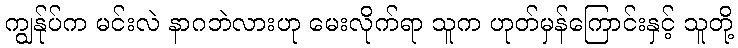
ကျွန်ုပ်က မင်းလဲ နာဂဘဲလားဟု မေးလိုက်ရာ သူက ဟုတ်မှန်ကြောင်းနှင့် သူတို့